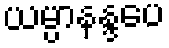
ယမ္ပာနန္ဒပေ